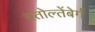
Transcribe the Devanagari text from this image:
स्तोल्तेंबेर्ग